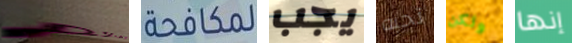
قدومكم لمكافحة يجب تحبه ولكن إنها